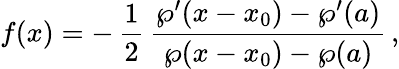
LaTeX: f(x)=-\, \frac{1}{2}\, {\frac{\wp^{\prime}(x-x_{0})-\wp^{\prime}(a)}{\wp(x-x_{0})-\wp(a)}}\, ,